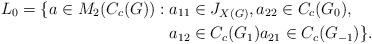
LaTeX: \begin{align*}L_0 = \{a \in M_2(C_c(G)) : {}&a_{11} \in J_{X(G)}, a_{22} \in C_c(G_0),\\ &a_{12} \in C_c(G_1) a_{21} \in C_c(G_{-1})\}.\end{align*}